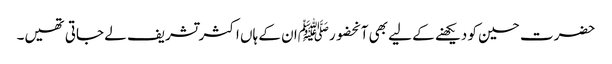
حضرت حسین کو دیکھنے کے لیے بھی آنحضورﷺان کے ہاں اکثرتشریف لے جاتی تھیں۔